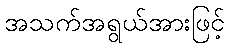
အသက်အရွယ်အားဖြင့်